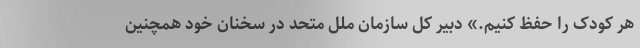
هر کودک را حفظ کنیم.» دبیر کل سازمان ملل متحد در سخنان خود همچنین